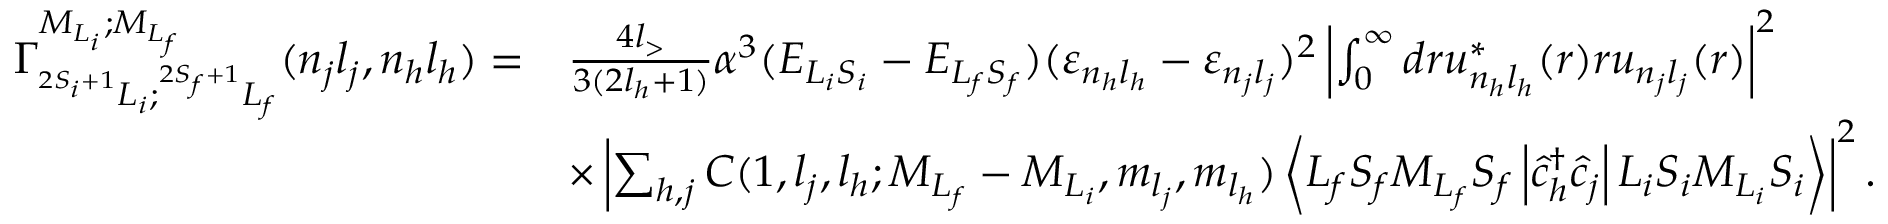
\begin{array} { r l } { { \Gamma } _ { ^ { 2 S _ { i } + 1 } L _ { i } ; ^ { 2 S _ { f } + 1 } L _ { f } } ^ { { M } _ { { L } _ { i } } ; { M } _ { { L } _ { f } } } ( n _ { j } l _ { j } , n _ { h } l _ { h } ) = } & { \frac { 4 l _ { > } } { 3 ( 2 l _ { h } + 1 ) } \alpha ^ { 3 } ( { E } _ { L _ { i } S _ { i } } - { E } _ { L _ { f } S _ { f } } ) { ( { \varepsilon } _ { n _ { h } l _ { h } } - { \varepsilon } _ { n _ { j } l _ { j } } ) ^ { 2 } } \left\vert \int _ { 0 } ^ { \infty } d r { u } _ { n _ { h } { l } _ { h } } ^ { \ast } ( r ) r { u } _ { { n _ { j } } { l _ { j } } } ( r ) \right\vert ^ { 2 } } \\ & { \times \left\vert \sum _ { h , j } C ( 1 , { l } _ { j } , l _ { h } ; { M } _ { { L } _ { f } } - { M } _ { { L } _ { i } } , { m } _ { { l } _ { j } } , { m } _ { l _ { h } } ) \ensuremath { \left\langle { L } _ { f } { S } _ { f } { M } _ { { L } _ { f } } { { S } _ { f } } \left\lvert { \hat { c } } _ { h } ^ { \dagger } { \hat { c } } _ { j } \right\rvert { L } _ { i } { S } _ { i } { M } _ { { L } _ { i } } { S } _ { i } \right\rangle } \right\vert ^ { 2 } . } \end{array}